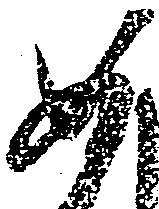
如